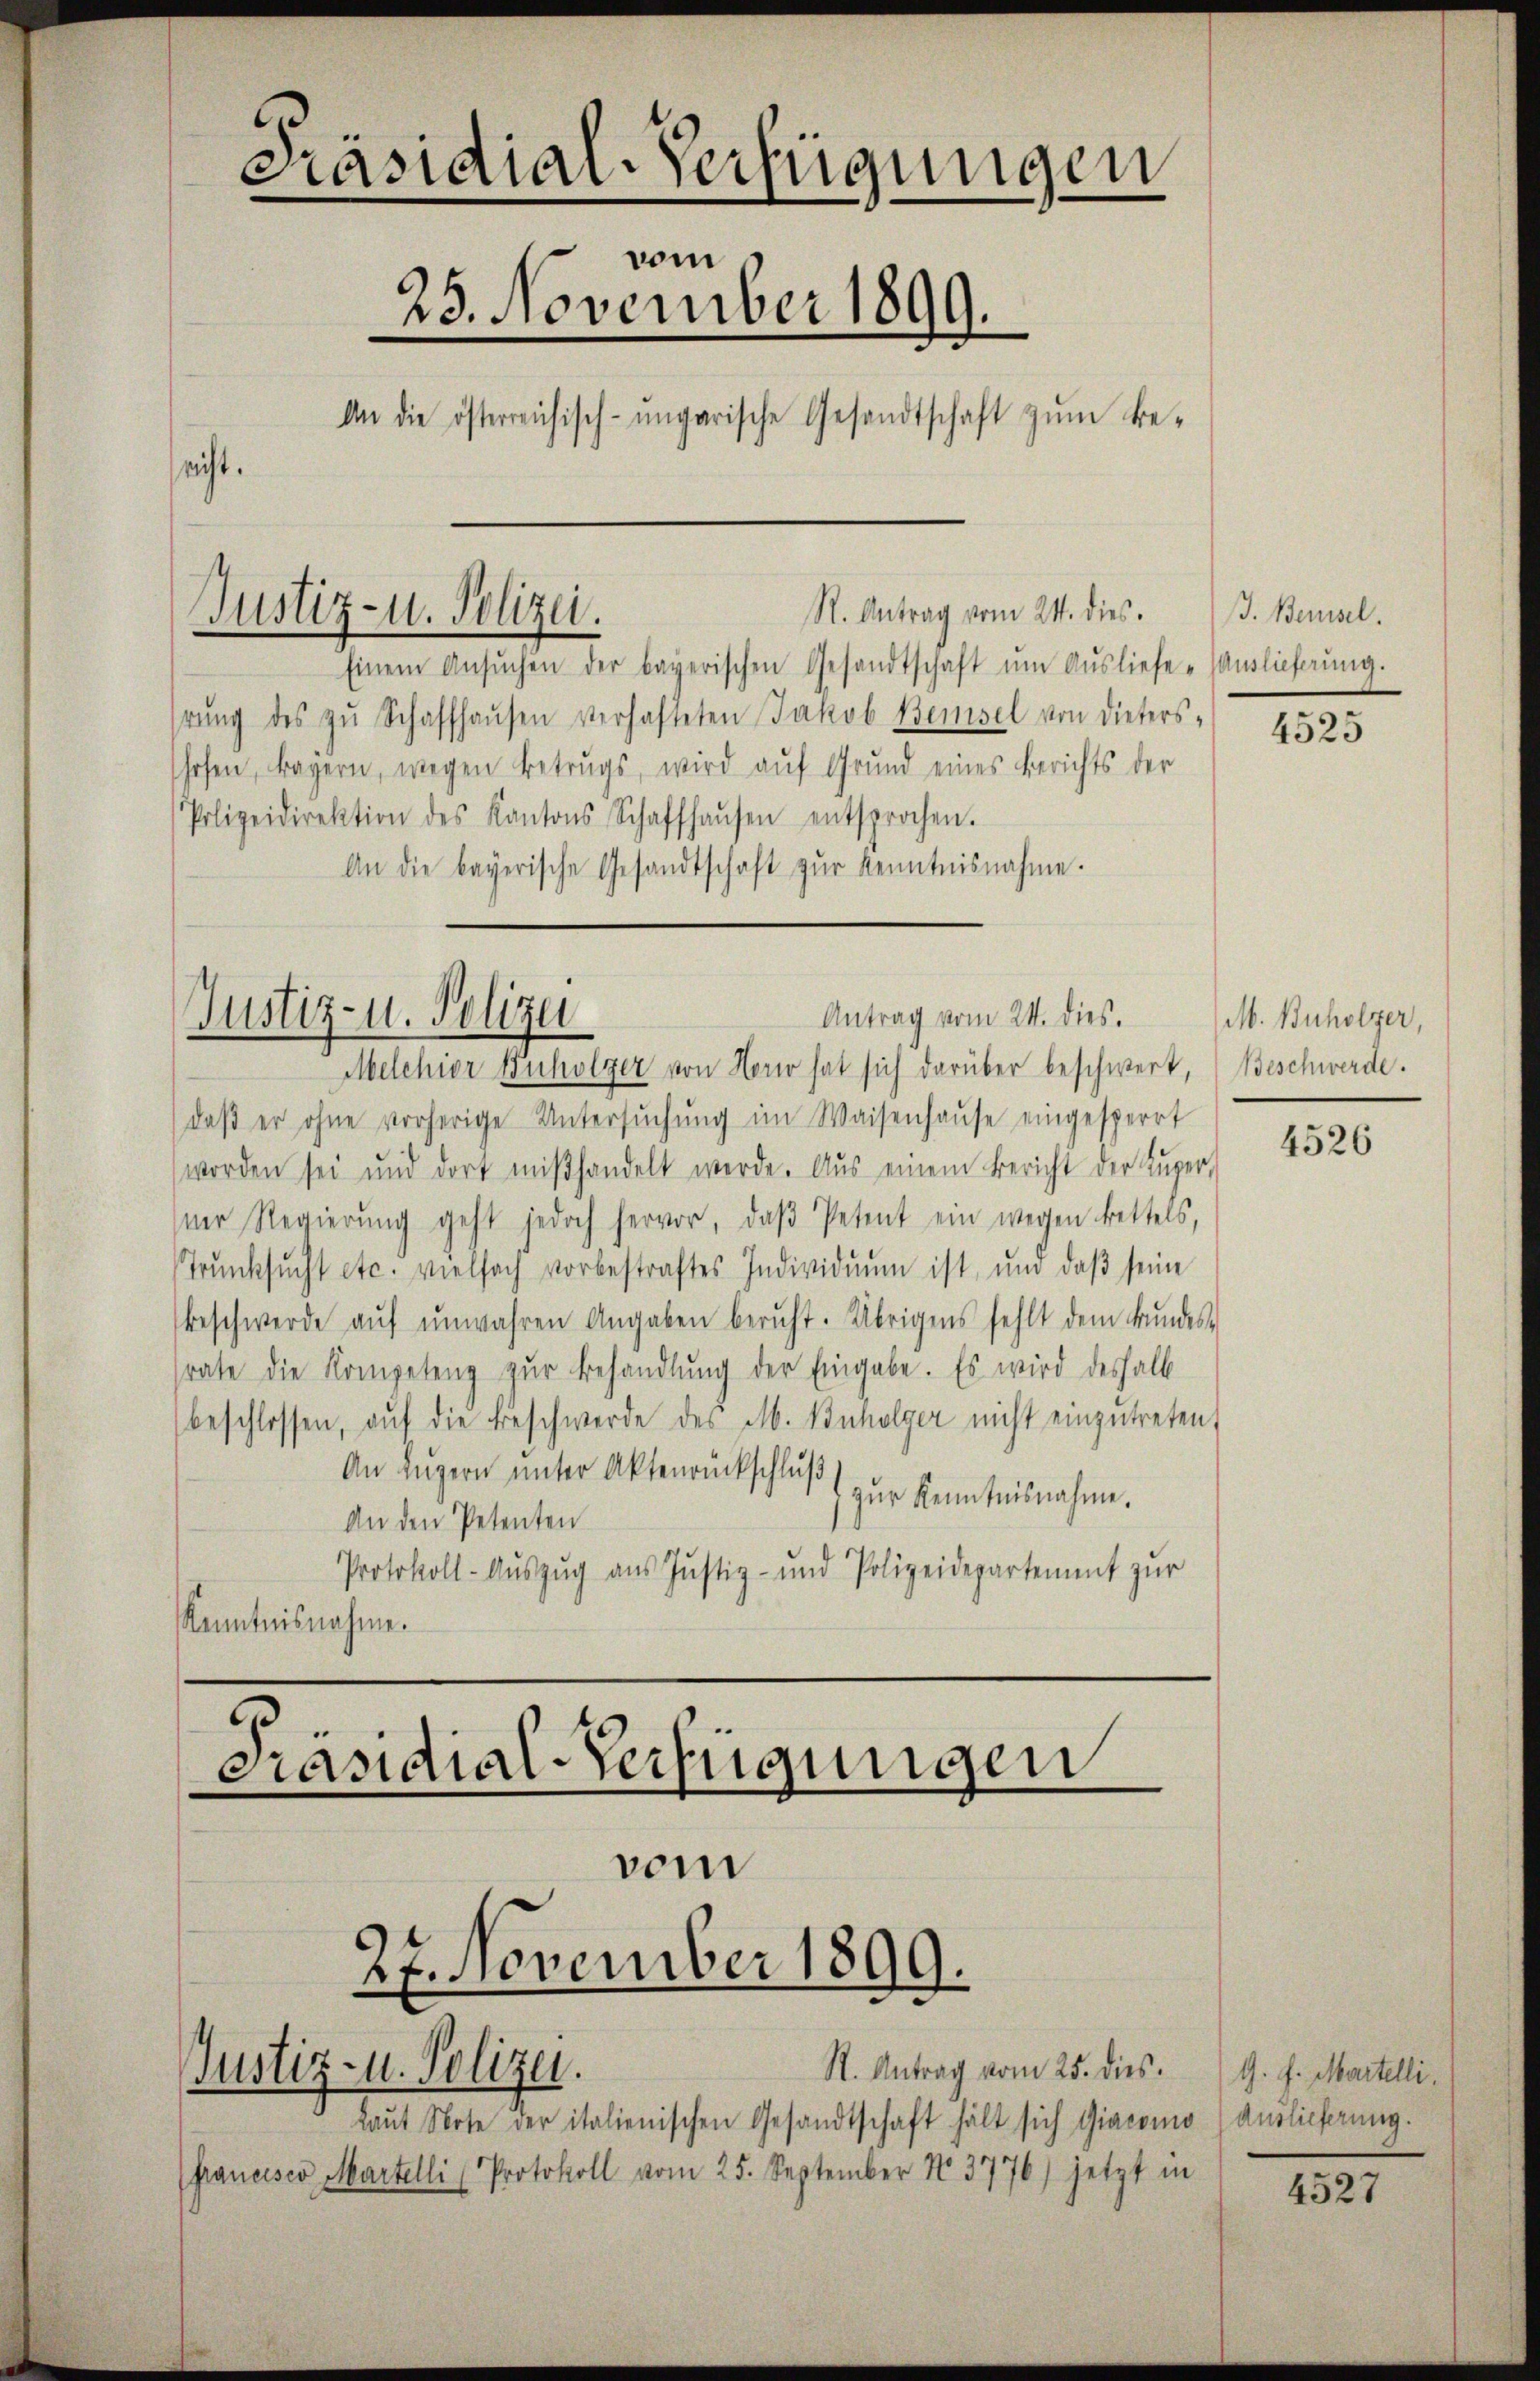
Präsidiar-Verfügungen
vom
23. November 1899.
An die österreichisch-ungarische Gesandtschaft zŭm be-
sicht.

Einem Ansŭchen der bayerischen Gesandtschaft ŭm Aŭsliefe-Auslieferŭng.
rŭng des zŭ Schaffhaŭsen verhafteten Jakob Bemsel von Dieters-
shofen, tagern, wegen Betrugs, wird auf Grund eines Berichts der
Polizeidirektion des Kantons Schaffhaŭsen entsprochen.
An die bayerische Gesandtschaft zŭr Kenntnisnahme.

Justiz- u. Polizei.

S. Antrag vom 24. dies

Antrag vom 24. dies.
Justiz- u. Polizei
Melchior Ruholzer von Horio hat sich darüber beschwert,

daβ er ohne vorherige Untersŭchŭng im Waisenhaŭse eingesperrt
worden sei und dort miβhandelt werde. Aus einem Bericht der Lŭper-
ner Regierŭng geht jedoch hervor, daβ Petent ein wegen Bettels,
Trŭnksŭcht etc. vielfach vorbestraftes Individuum ist, um daβ seine
beschwerde aŭf ŭnwahren Angaben beruht. Übrigens fehlt dem Grundes-
srate die Kompetenz zŭr Behandlung der Eingabe. Es wird deshalb
beschlossen, aŭf die Beschwerde des M. Bnholger nicht einzutreten,
An Luzern unter Aktenrückschluß
zur Kenntnisnahme.
An den Petenten
Protokoll-Aŭszŭg ans Justiz- und Polizeidepartement zur
Kenntnisnahme.

Präsidial-Verfügungen
27. November 1899.
R. Antrag vom 25. dies. G. f. Martelli,
Justiz- u. Polizei.

vom

Laŭt Note der italienischen Gesandtschaft hält sich Giacomo Auslieferung.
pancisco Martelli (Protokoll vom 25. September 183776) jetzt in

ß. Berusel.

4525

M. Buholzer,
Beschwerde.

4526

4527